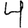
Digit: 4